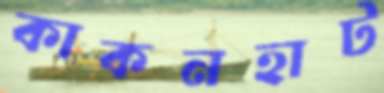
কাকনহাট